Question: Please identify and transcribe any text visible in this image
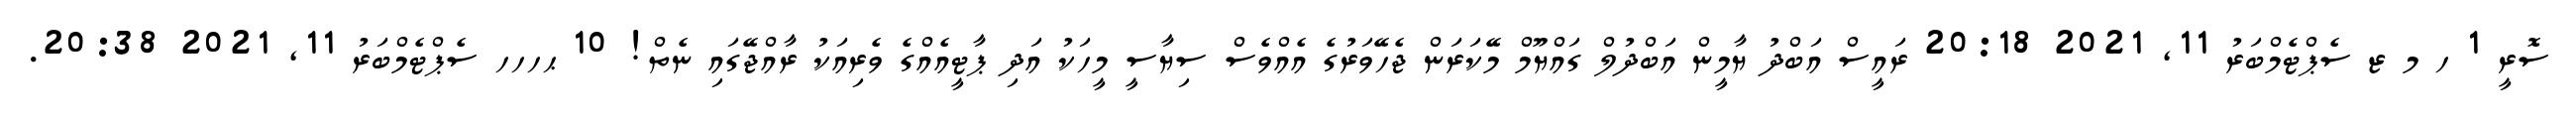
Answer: ސޮރީ 1 ހ މ ޒ ސެޕްޓެމްބަރު 11, 2021 20:18 ރައީސް އަބްދު ޔާމީން އަބްދުލް ގައްޔޫމް މޭކަރަން ޖެހޭވަރުގެ އެއްވެސް ސިޔާސީ މީހަކު އަދި ޕާޓީއެއްގެ ވެރިއަކު ރާއްޖޭގައި ނެތް! 10 ޙހހހ ސެޕްޓެމްބަރު 11, 2021 20:38.